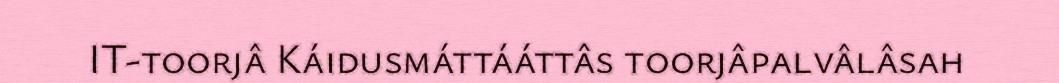
IT-toorjâ Káidusmáttááttâs toorjâpalvâlâsah